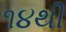
૧૪થી